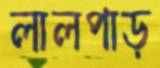
লালপাড়